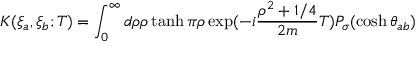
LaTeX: K ( \xi _ { a } , \xi _ { b } ; T ) = \int _ { 0 } ^ { \infty } d \rho \rho \operatorname { t a n h } \pi \rho \exp ( - i \frac { \rho ^ { 2 } + 1 / 4 } { 2 m } T ) P _ { \sigma } ( \cosh \theta _ { a b } )